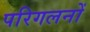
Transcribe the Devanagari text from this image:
परिगलनों